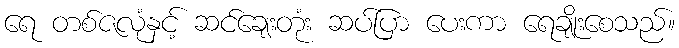
ရေ တစ်ဇလုံနှင့် ဆင်ချေးတုံး ဆပ်ပြာ ပေးကာ ရေချိုးစေသည်။